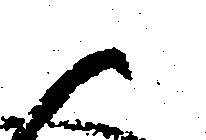
御